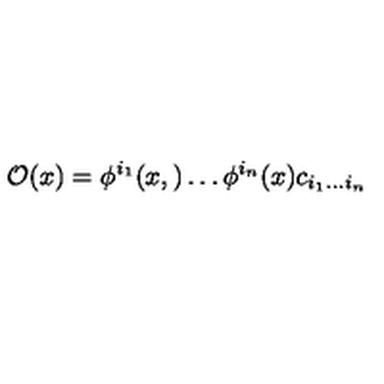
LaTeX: { \cal O } ( x ) = \phi ^ { i _ { 1 } } ( x , ) \dots \phi ^ { i _ { n } } ( x ) c _ { i _ { 1 } \dots i _ { n } }